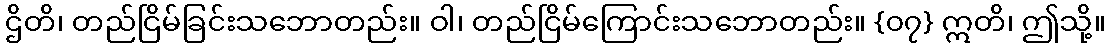
ဌိတိ၊ တည်ငြိမ်ခြင်းသဘောတည်း။ ဝါ၊ တည်ငြိမ်ကြောင်းသဘောတည်း။ {၀၇} ဣတိ၊ ဤသို့။